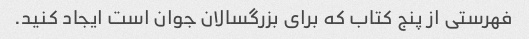
فهرستی از پنج کتاب که برای بزرگسالان جوان است ایجاد کنید.